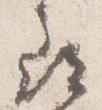
尋